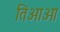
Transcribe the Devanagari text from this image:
तिआओ